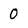
Character: 0